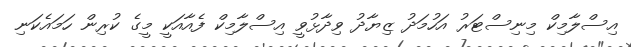
އިސްލާމިކް މިނިސްޓަރު އަހުމަދު ޒިޔާދު ވިދާޅުވީ އިސްލާމިކް ފެއާއަކީ މީގެ ކުރިން ހަމައެކަނި